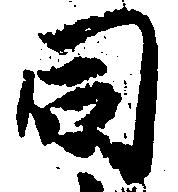
同